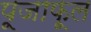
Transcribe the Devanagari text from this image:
पूजाफूल